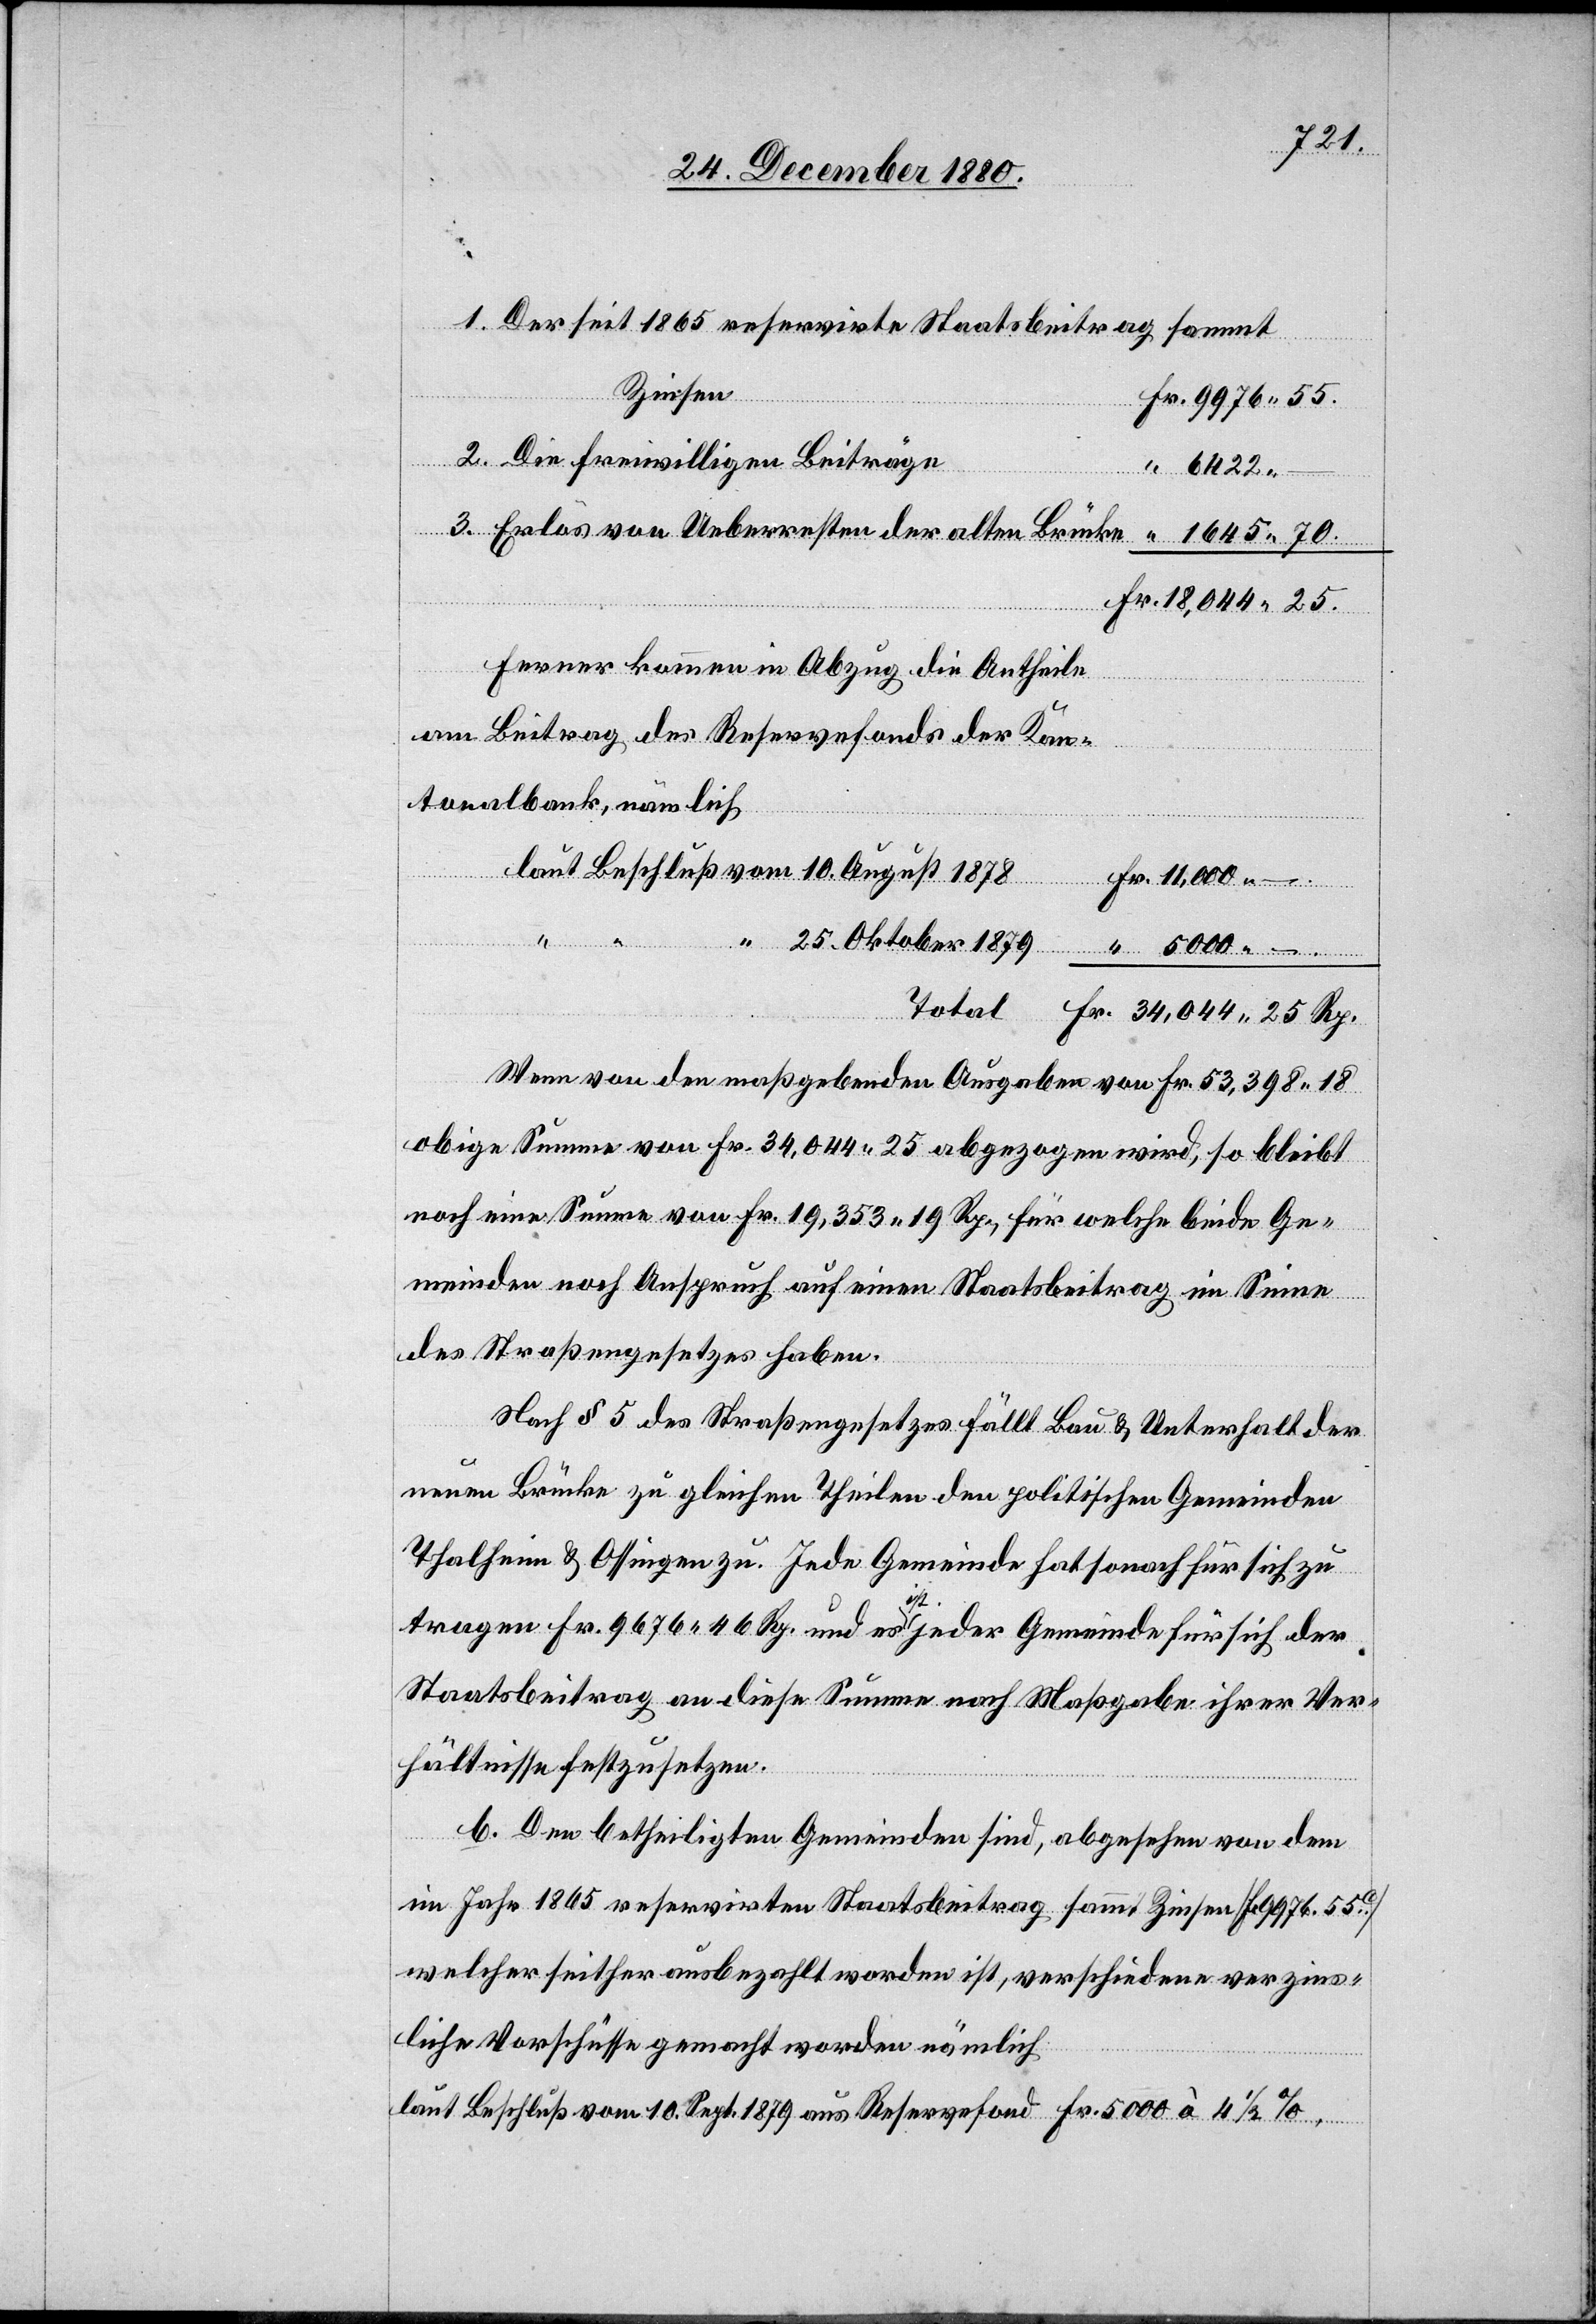
Sept.
Der seit 1865 reservirte Staatsbeitrag sammt
Zinsen
Die freiwilligen Beiträge
6422
Ferner kommen in Abzug die Antheile
am Beitrag des Reservefonds der Kan¬
tonalbank, nämlich
10.
Total
Wenn von den maßgebenden Ausgaben von Fr. 53,398 18
obige Summe von Fr. 34,044 25 abgezogen wird, so bleibt
noch eine Summe von Fr. 19,353 19 Rp., für welche beide Ge¬
meinden noch Anspruch auf einen Staatsbeitrag im Sinne
des Straßengesetzes haben.
Nach § 5 des Straßengesetzes fällt Bau & Unterhalt der
neuen Brücke zu gleichen Theilen den politischen Gemeinden
Thalheim & Ossingen zu. Jede Gemeinde hat sonach für sich der
Fr.
Staatsbeitrag an diese Summe nach Maßgabe ihrer Ver¬
hältnisse festzusetzen.
b. Den betheiligten Gemeinden sind, abgesehen von dem
im Jahr 1865 reservirten Staatsbeitrag sammt Zinsen [Fr. 9976.55c]
welcher seither ausbezahlt worden ist, verschiedene verzins¬
liche Vorschüsse gemacht worden nämlich

Fr.